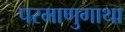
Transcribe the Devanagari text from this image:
परमाणुगाथा